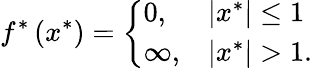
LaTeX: f^{*}\left(x^{*}\right)={\left\{ \begin{array}{ll}{0,}&{\left|x^{*}\right|\leq 1}\\ {\infty,}&{\left|x^{*}\right|>1.}\end{array}\right.}